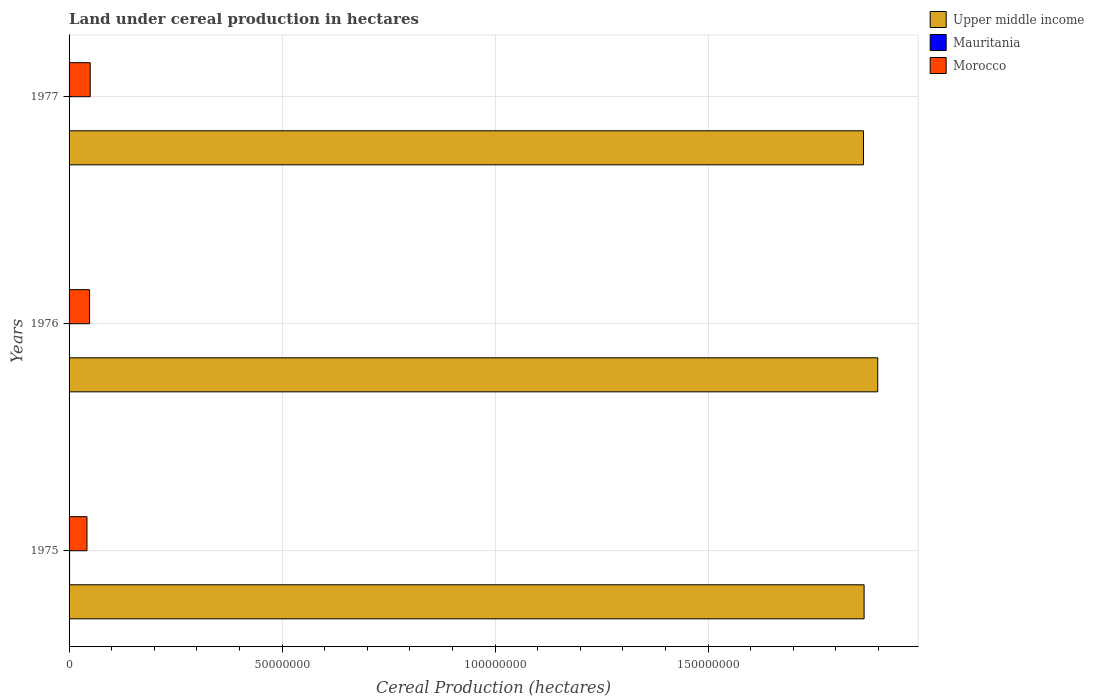
| Years | Upper middle income | Mauritania | Morocco |
 | --- | --- | --- | --- |
 | 1975 | 1.87e+08 | 1.19e+05 | 4.2e+06 |
 | 1976 | 1.9e+08 | 8.03e+04 | 4.81e+06 |
 | 1977 | 1.86e+08 | 7.02e+04 | 4.96e+06 |